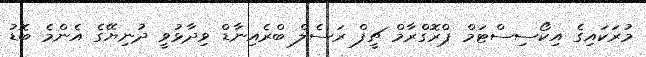
މުރަކައިގެ އިކޯސިސްޓަމް ޕްރޮގްރާމް ޗީފް ރަސެލް ބްރެއިނާޑް ވިދާޅުވީ ދުނިޔޭގެ އެންމެ ބޮޑު